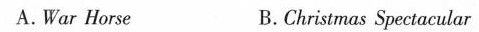
A.War Horse B.Christmas Spectacular